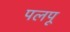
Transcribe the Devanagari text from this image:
पलपू